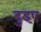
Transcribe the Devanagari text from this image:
दुइए